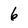
Character: 6